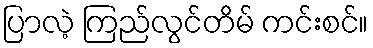
ပြာလဲ့ ကြည်လွင်တိမ် ကင်းစင်။